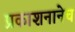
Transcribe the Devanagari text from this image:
प्रकाशनानेच